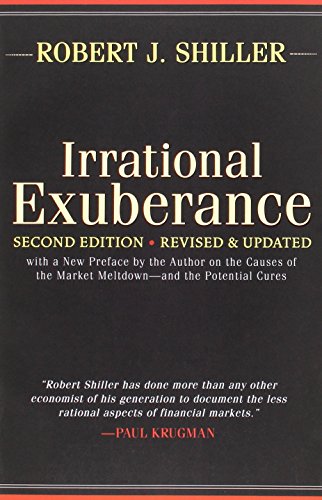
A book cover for Irrational Exuberance; Robert J. Shiller; Business & Money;